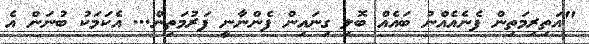
"އަތިރިމަތިން ފެނެއެއްނު ބައެއް ބޮލި ގިނައިން ފެންނާނީ ފަރުމަތިން... އެކަމަކު ބުނަން އެ